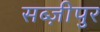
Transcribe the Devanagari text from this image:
सब्ज़ीपुर